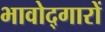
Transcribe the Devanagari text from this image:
भावोद्गारों